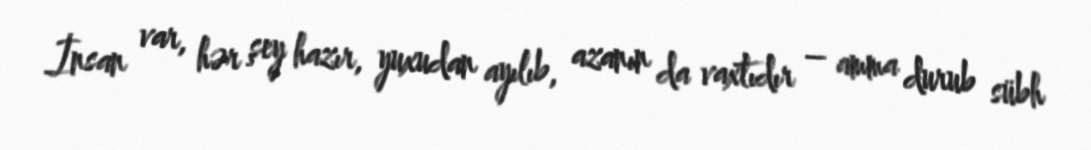
İnsan var, hər şey hazır, yuxudan ayılıb, azanın da vaxtıdır – amma durub sübh